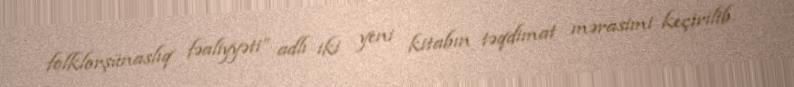
folklorşünaslıq fəaliyyəti” adlı iki yeni kitabın təqdimat mərasimi keçirilib.